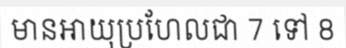
មានអាយុប្រហែលជា 7 ទៅ 8